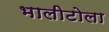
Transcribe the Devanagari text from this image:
भालीटोला